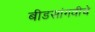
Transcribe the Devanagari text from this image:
बीडसांगवीचे